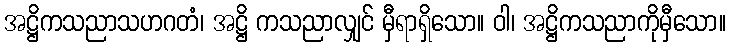
အဋ္ဌိကသညာသဟဂတံ၊ အဋ္ဌိ ကသညာလျှင် မှီရာရှိသော။ ဝါ၊ အဋ္ဌိကသညာကိုမှီသော။